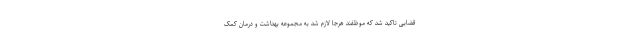
قضایی تاکید شد که موظفند هرجا لازم شد به مجموعه بهداشت و درمان کمک